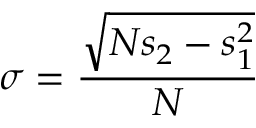
\sigma = { \frac { \sqrt { N s _ { 2 } - s _ { 1 } ^ { 2 } } } { N } }